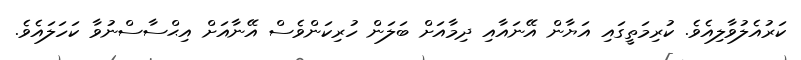
ކަރުއެލުވާލިއެވެ. ކުރިމަތީގައި އަޔާން އޭނައާއި ދިމާއަށް ބަލަން ހުރިކަންވެސް އޭނާއަށް އިޙްސާސްނުވާ ކަހަލައެވެ.